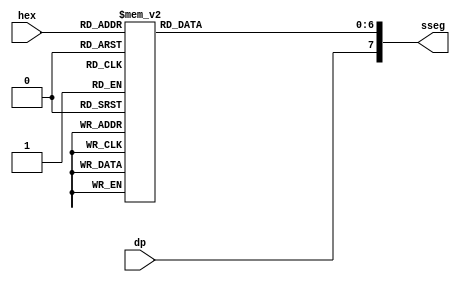
`timescale 1ns / 1ps
//////////////////////////////////////////////////////////////////////////////////
// Company: 
// Engineer: 
// 
// Design Name: 
// Module Name: hex_to_sseg
// Project Name: 
// Target Devices: 
// Tool Versions: 
// Description: 
// 
// Dependencies: 
// 
// Revision:
// Revision 0.01 - File Created
// Additional Comments:
// 
//////////////////////////////////////////////////////////////////////////////////


module hex_to_sseg(
    input [3:0] hex,
    input dp,
    output reg [7:0] sseg
    );
    
        always @*
    begin
       case(hex)
           4'h0: sseg[6:0] = 7'b1000000;
            4'h1: sseg[6:0] = 7'b1111001;
            4'h2: sseg[6:0] = 7'b0100100;
            4'h3: sseg[6:0] = 7'b0110000;
            4'h4: sseg[6:0] = 7'b0011001;
            4'h5: sseg[6:0] = 7'b0010010;
            4'h6: sseg[6:0] = 7'b0000010;
            4'h7: sseg[6:0] = 7'b1111000;
            4'h8: sseg[6:0] = 7'b0000000;
            4'h9: sseg[6:0] = 7'b0010000;
            4'ha: sseg[6:0] = 7'b0001000;
            4'hb: sseg[6:0] = 7'b0000011;
            4'hc: sseg[6:0] = 7'b1000110;
            4'hd: sseg[6:0] = 7'b0100001;
            4'he: sseg[6:0] = 7'b0000110;
            4'hf: sseg[6:0] = 7'b0001110;
            default: sseg[6:0] = 7'b0001110;  	
      endcase
      sseg[7] = dp;
    end

endmodule